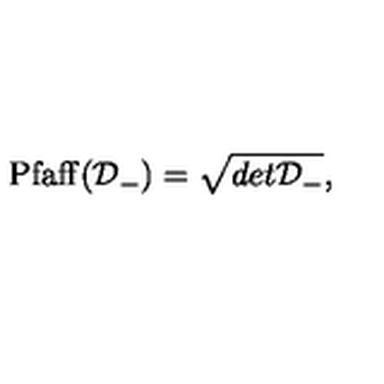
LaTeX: \mathrm { P f a f f } ( { \cal D } _ { - } ) = \sqrt { d e t { \cal D } _ { - } } ,